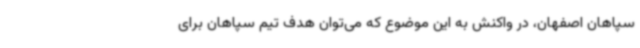
سپاهان اصفهان، در واکنش به این موضوع که می‌توان هدف تیم سپاهان برای